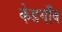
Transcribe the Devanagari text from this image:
केडगाँव